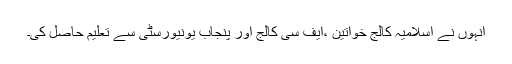
انہوں نے اسلامیہ کالج خواتین ،ایف سی کالج اور پنجاب یونیورسٹی سے تعلیم حاصل کی۔